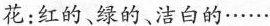
花:红的、绿的、洁白的……